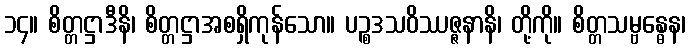
၁၄။ စိတ္တဋ္ဌာဒီနိ၊ စိတ္တဋ္ဌာအစရှိကုန်သော။ ပဉ္စဒသဝိဿဇ္ဇနာနိ၊ တို့ကို။ စိတ္တသမ္ဗန္ဓေန၊